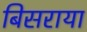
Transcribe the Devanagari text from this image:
बिसराया